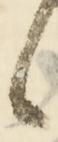
候